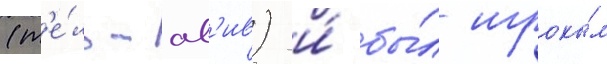
(т'е́ль-ав'ив) и́ бы́л игроко́м